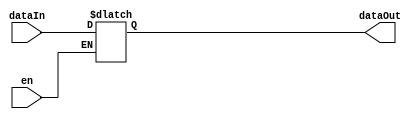
module Register(input wire [7:0]dataIn, output reg [7:0]dataOut, input wire en);

    reg [7:0]data;
    
	always @*
	begin
		begin
			if(en)
				data <= dataIn;
    
            dataOut <= data;
		end
	end
endmodule